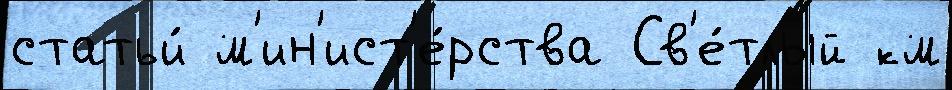
статьи́ м'ин'ист'е́рства Св'е́тлый км